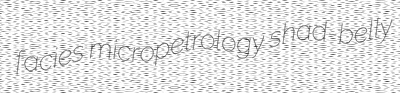
facies micropetrology shad-belly